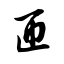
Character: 匝